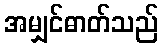
အမျှင်ဓာတ်သည်